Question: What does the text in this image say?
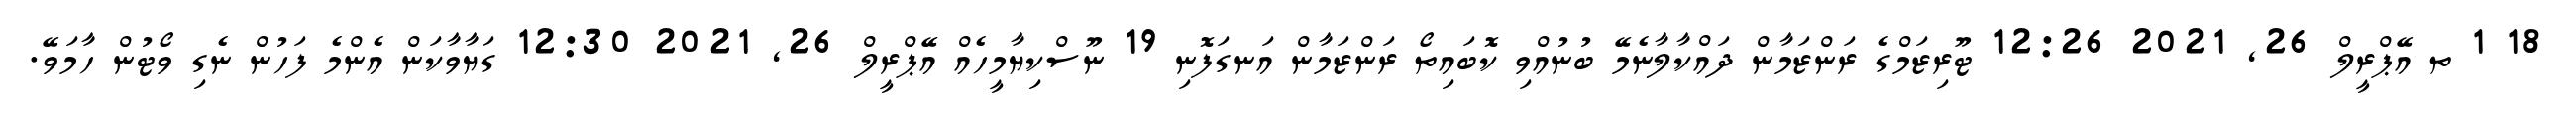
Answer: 18 1 ތ އޭޕްރީލް 26, 2021 12:26 ޓޫރިޒަމްގެ ރަންޒަމާން ދައްކާލާނެމޭ ބުނުއްވި ކޮބައިތޯ ރަންޒަމާން އަނގަފޮނި 19 ނޫސްކިޔާމީހެއް އޭޕްރީލް 26, 2021 12:30 ގަޔާވާކަން އެންމެ ފަހުން ނެގި ވޯޓުން ހާމަވޭ.